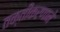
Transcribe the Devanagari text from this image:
तक्तीकरणाने